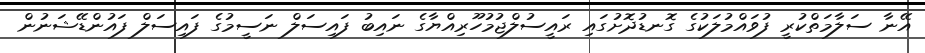
އޭނާ ސަލާމަތްކުރީ ފުވައްމުލަކުގެ ގޮނޑުދޮށުގައި ރައީސުލްޖުމުހޫރިއްޔާގެ ނައިބު ފައިސަލް ނަސީމުގެ ފައިސަލް ފައުންޑޭޝަނުން